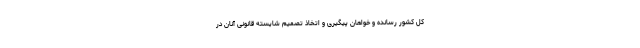
کل کشور رسانده و خواهان پیگیری و اتخاذ تصمیم شایسته قانونی آنان در